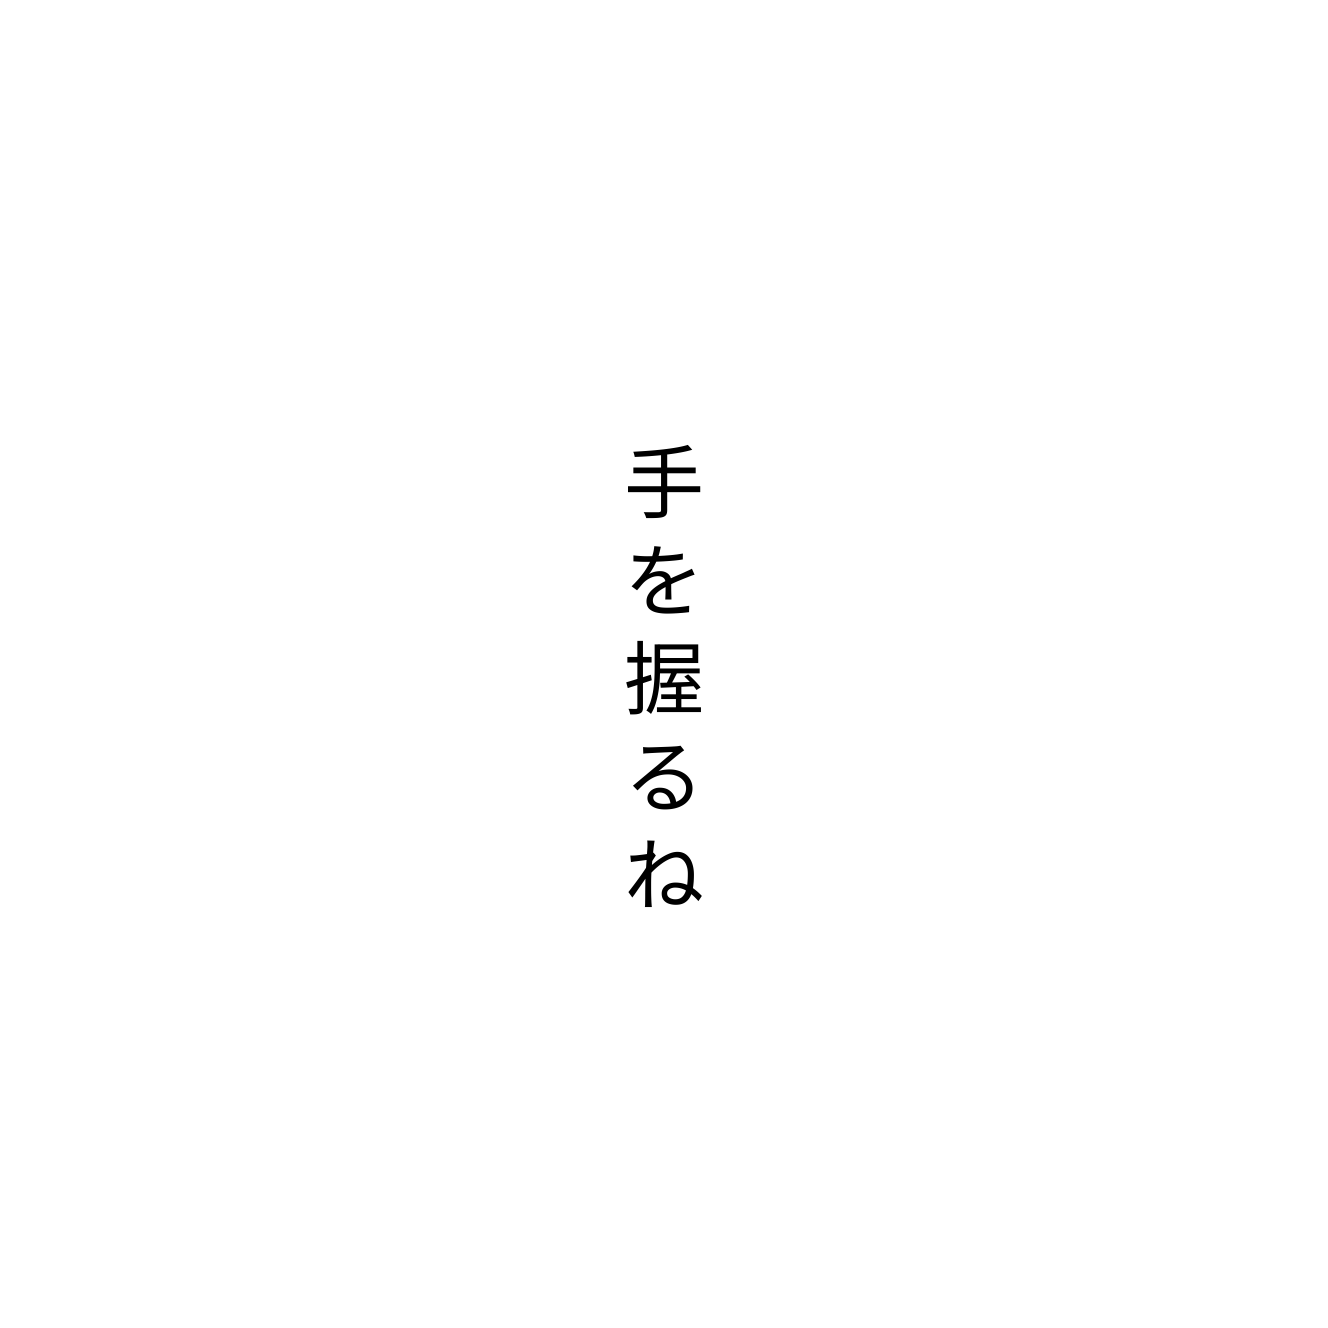
手を握るね